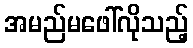
အမည်မဖေါ်လိုသည့်